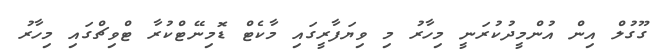
ގޫގުލް އިން އުންމީދުކުރަނީ މިހާރު މި ވިޔަފާރީގައި މާކެޓް ޑޮމިނޭޓްކުރާ ޓްވިޗްގައި މިހާރު